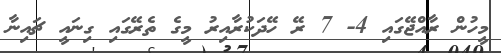
މީހުން ރާއްޖޭގައި 4- 7 ރޭ ހޭދަކުރާއިރު މީގެ ތެރޭގައި ގިނައީ ޗައިނާ